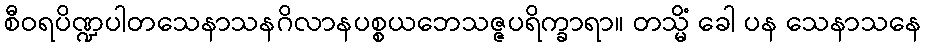
စီဝရပိဏ္ဍပါတသေနာသနဂိလာနပစ္စယဘေသဇ္ဇပရိက္ခာရာ။ တသ္မိံ ခေါ ပန သေနာသနေ